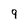
Character: 9